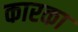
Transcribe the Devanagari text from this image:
कारका